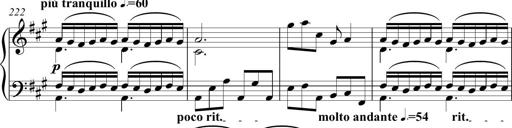
Title: Piano Sonatina in A major
Composer: Z Q Sysmoebius
Key: A major